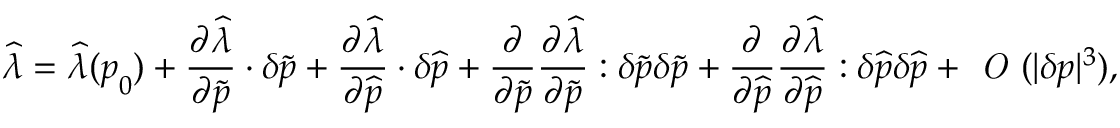
\widehat { \lambda } = \widehat { \lambda } ( \boldsymbol { p } _ { 0 } ) + \frac { \partial \widehat { \lambda } } { \partial \widetilde { \boldsymbol { p } } } \cdot \delta \widetilde { \boldsymbol { p } } + \frac { \partial \widehat { \lambda } } { \partial \widehat { \boldsymbol { p } } } \cdot \delta \widehat { \boldsymbol { p } } + \frac { \partial } { { \partial \widetilde { \boldsymbol { p } } } } \frac { \partial \widehat { \lambda } } { \partial \widetilde { \boldsymbol { p } } } \boldsymbol { : } \delta \widetilde { \boldsymbol { p } } \delta \widetilde { \boldsymbol { p } } + \frac { \partial } { { \partial \widehat { \boldsymbol { p } } } } \frac { \partial \widehat { \lambda } } { \partial \widehat { \boldsymbol { p } } } \boldsymbol { : } \delta \widehat { \boldsymbol { p } } \delta \widehat { \boldsymbol { p } } + \textit { O } ( | \delta \boldsymbol { p } | ^ { 3 } ) ,